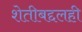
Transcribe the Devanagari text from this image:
शेतीबद्दलही